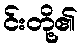
င်းတို့၏